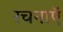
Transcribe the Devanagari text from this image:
रचनाऍ